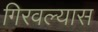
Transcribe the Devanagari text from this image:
गिरवल्यास